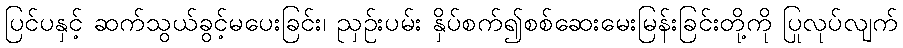
ပြင်ပနှင့် ဆက်သွယ်ခွင့်မပေးခြင်း၊ ညှဉ်းပမ်း နှိပ်စက်၍စစ်ဆေးမေးမြန်းခြင်းတို့ကို ပြုလုပ်လျက်